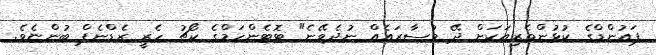
ޕައުންޑްގެ ކުޅުންތެރިއަކަށް ދޭ މުސާރައެއް ނުދެވޭނެ" ޓޮޓެންހަމްގެ ކޯޗު ހެރީ ރެޑްނެޕް ބުންޏެވެ.